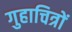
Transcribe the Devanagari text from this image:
गुहाचित्रों